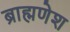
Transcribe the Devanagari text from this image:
ब्राह्मणेश